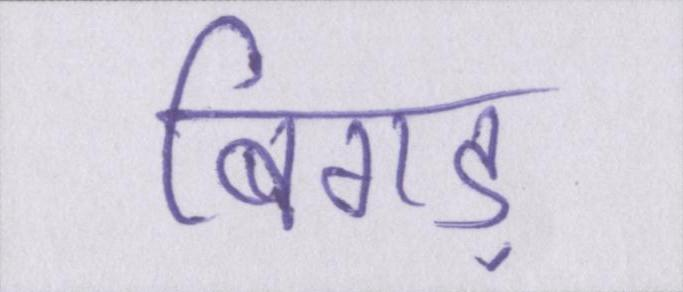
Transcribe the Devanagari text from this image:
बिगड़